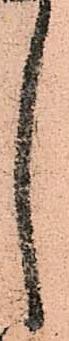
し